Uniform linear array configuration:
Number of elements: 16
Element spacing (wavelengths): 0.25
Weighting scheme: hann
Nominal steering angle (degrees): -30
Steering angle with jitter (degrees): -29.289
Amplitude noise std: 0.05
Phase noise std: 0.05

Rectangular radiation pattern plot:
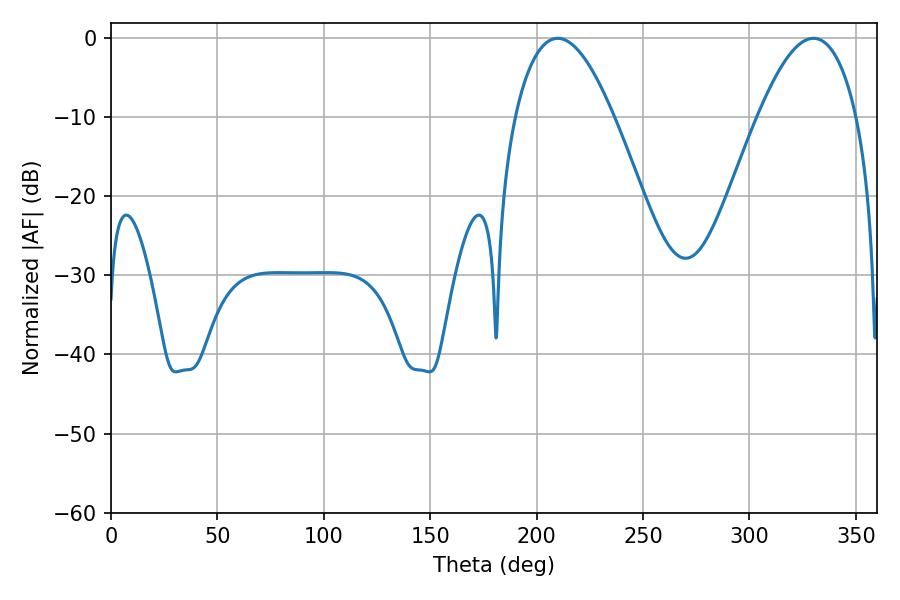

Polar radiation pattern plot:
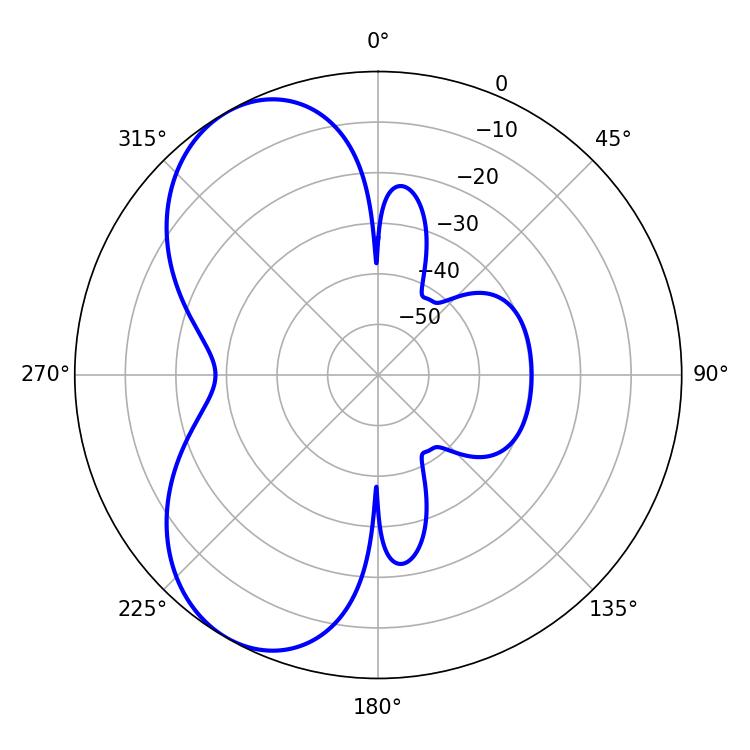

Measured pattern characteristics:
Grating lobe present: FALSE
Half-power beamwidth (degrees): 25.38
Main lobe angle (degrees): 209.88